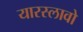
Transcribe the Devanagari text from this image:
यारस्लावो